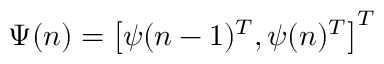
\Psi ( n ) = \left[ \psi ( n - 1 ) ^ { T } , \psi ( n ) ^ { T } \right] ^ { T }